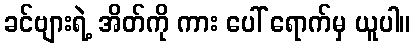
ခင်ဗျားရဲ့ အိတ်ကို ကား ပေါ် ရောက်မှ ယူပါ။